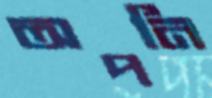
অপনি